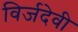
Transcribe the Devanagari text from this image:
विर्जदेवी